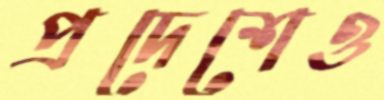
প্রদেশেও